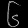
Digit: ၆